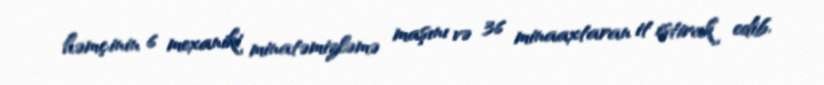
həmçinin 6 mexaniki minatəmizləmə maşını və 36 minaaxtaran it iştirak edib.